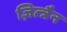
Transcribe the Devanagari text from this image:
ज़ित्त्रैन